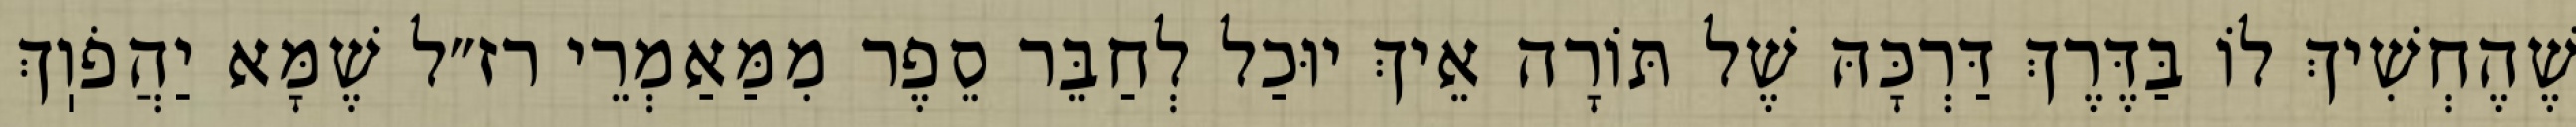
שֶׁהֶחְשִׁיךְ לוֹ בַּדֶּרֶךְ דַּרְכָּהּ שֶׁל תּוֹרָה אֵיךְ יוּכַל לְחַבֵּר סֵפֶר מִמַּאַמְרֵי רז״ל שֶׁמָּא יַהֲפֹוֽךְ